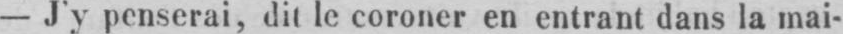
- J’y penserai, dit le coroner en entrant dans la mai-